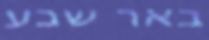
באר שבע